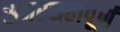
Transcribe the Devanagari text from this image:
समरसतापूर्ण